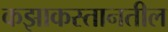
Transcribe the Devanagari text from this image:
कझाकस्तानतील